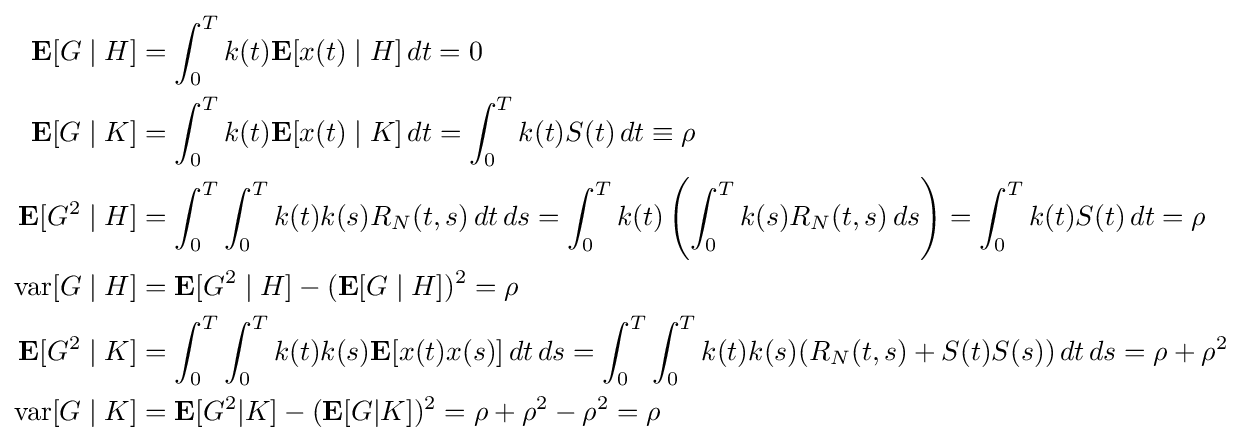
{\begin{aligned}\mathbf {E} [G\mid H]&=\int _{0}^{T}k(t)\mathbf {E} [x(t)\mid H]\,dt=0\\\mathbf {E} [G\mid K]&=\int _{0}^{T}k(t)\mathbf {E} [x(t)\mid K]\,dt=\int _{0}^{T}k(t)S(t)\,dt\equiv \rho \\\mathbf {E} [G^{2}\mid H]&=\int _{0}^{T}\int _{0}^{T}k(t)k(s)R_{N}(t,s)\,dt\,ds=\int _{0}^{T}k(t)\left(\int _{0}^{T}k(s)R_{N}(t,s)\,ds\right)=\int _{0}^{T}k(t)S(t)\,dt=\rho \\\operatorname {var} [G\mid H]&=\mathbf {E} [G^{2}\mid H]-(\mathbf {E} [G\mid H])^{2}=\rho \\\mathbf {E} [G^{2}\mid K]&=\int _{0}^{T}\int _{0}^{T}k(t)k(s)\mathbf {E} [x(t)x(s)]\,dt\,ds=\int _{0}^{T}\int _{0}^{T}k(t)k(s)(R_{N}(t,s)+S(t)S(s))\,dt\,ds=\rho +\rho ^{2}\\\operatorname {var} [G\mid K]&=\mathbf {E} [G^{2}|K]-(\mathbf {E} [G|K])^{2}=\rho +\rho ^{2}-\rho ^{2}=\rho \end{aligned}}